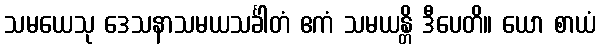
သမယေသု ဒေသနာသမယသင်္ခါတံ ဧကံ သမယန္တိ ဒီပေတိ။ ယော စာယံ